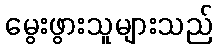
မွေးဖွားသူများသည်